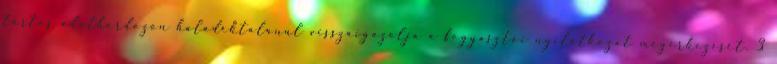
tartós adathordozón haladéktalanul visszaigazolja a fogyasztói nyilatkozat megérkezését. 3